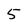
Character: 5